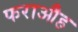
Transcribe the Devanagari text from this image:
फराऔह